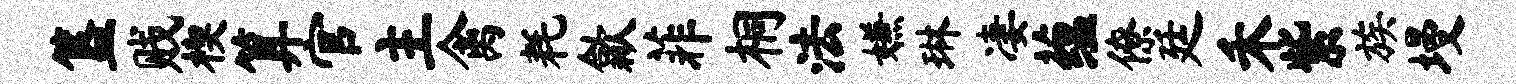
簋贱楔算官主禽耗歙菲桐法嫌琳凄蕴僚廷禾紫族墁